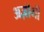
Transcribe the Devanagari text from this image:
अज़ीमी